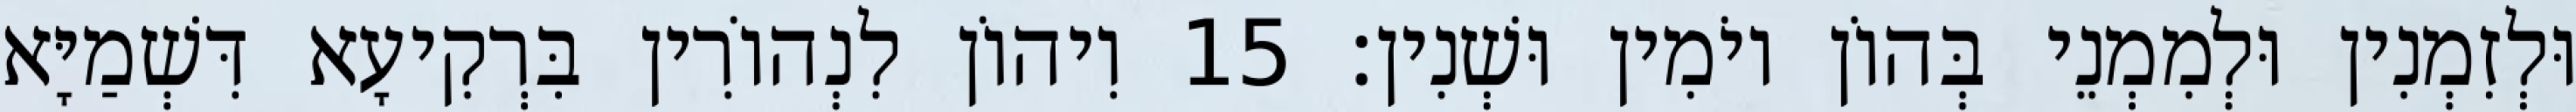
וּלְזִמְנִין וּלְמִמְנֵי בְּהוֹן יוֹמִין וּשְׁנִין׃ 15 וִיהוֹן לִנְהוֹרִין בִּרְקִיעָא דִּשְׁמַיָּא